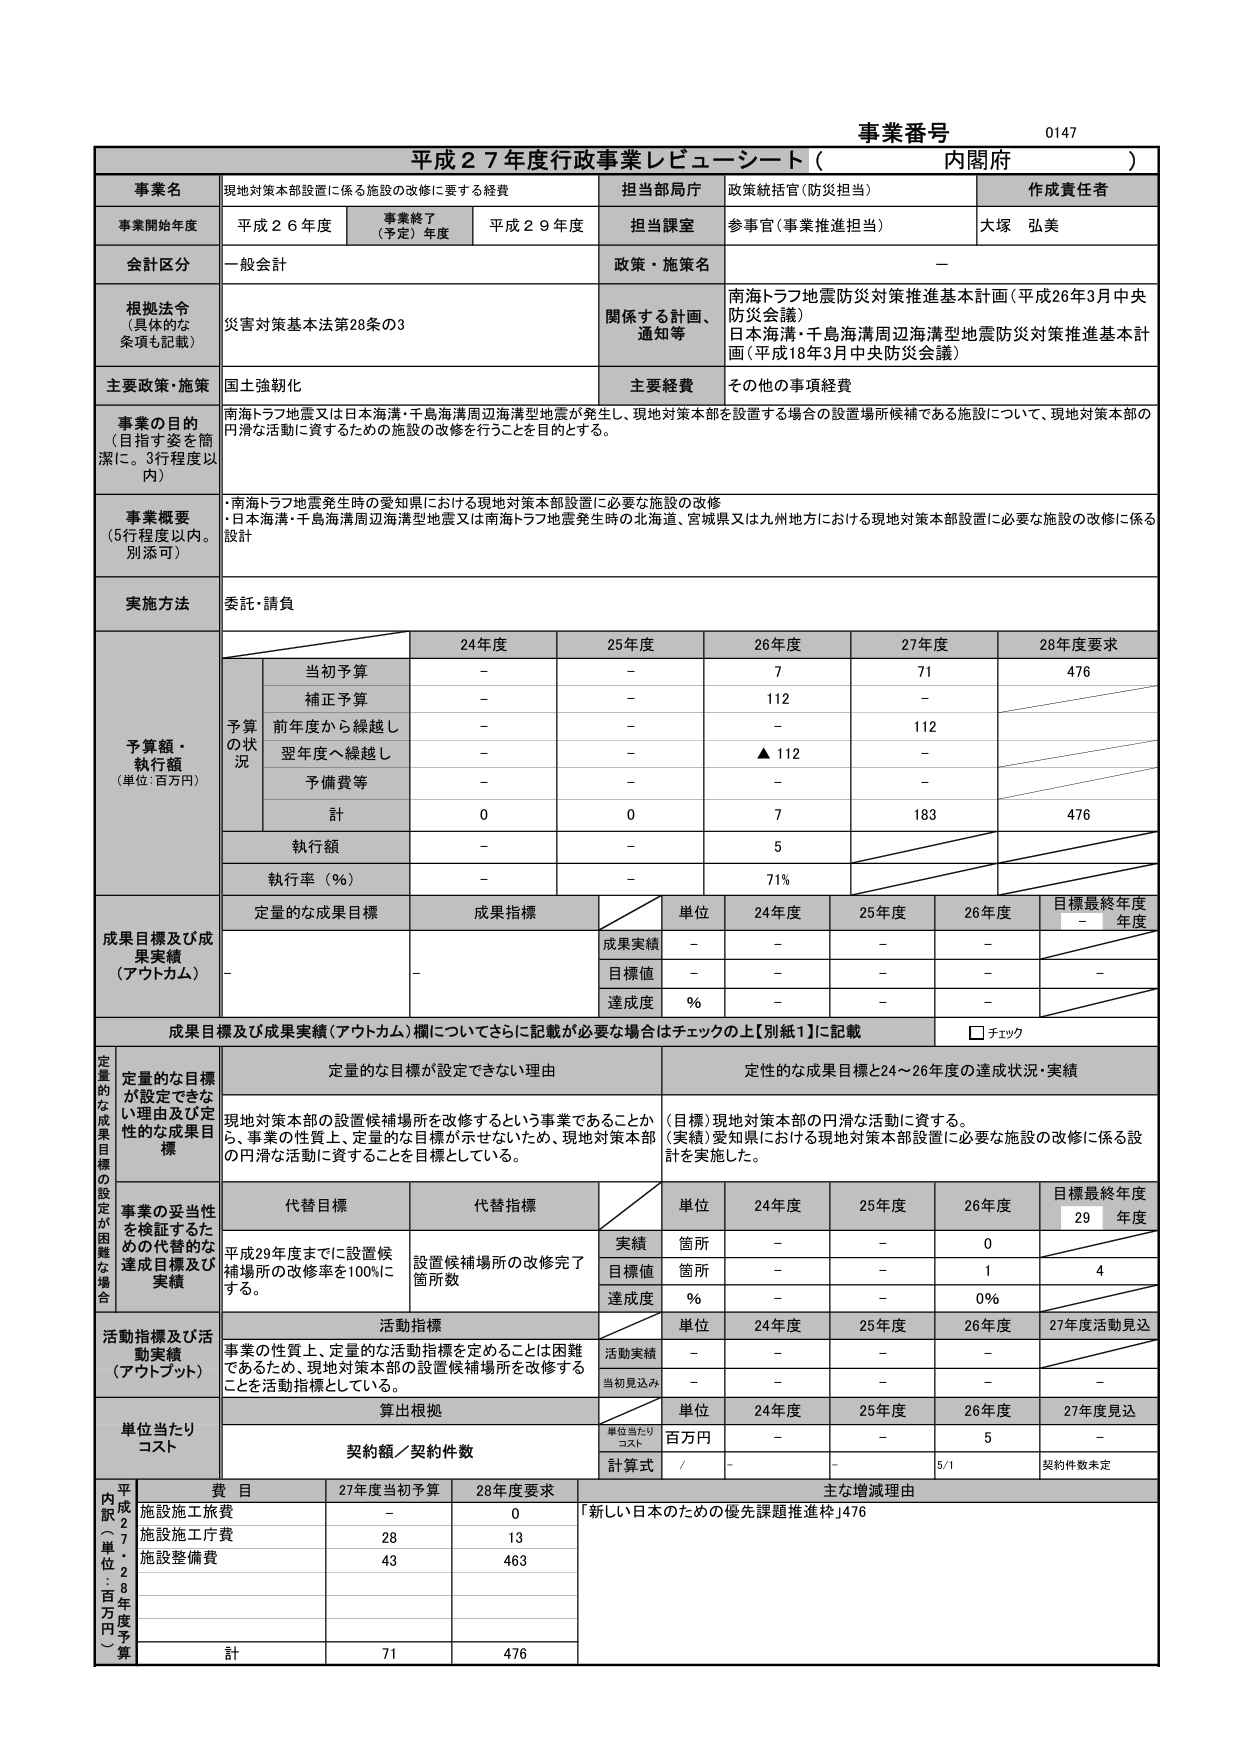
事業番号 0147
平成27年度行政事業レビュー・シート（内閣府）

事業名 現地対策本部設置に係る施設の改修に要する経費
担当部局庁 政策統括官（防災担当）
作成責任者 大塚 弘美

事業開始年度 平成26年度 事業終了（予定）年度 平成29年度 担当課室 参事官（事業推進担当）

会計区分 一般会計 政策・施策名 －

根拠法令（具体的な条項も記載） 災害対策基本法第28条の3 関係する計画、通知等 南海トラフ地震防災対策推進基本計画（平成26年3月中央防災会議）
日本海溝・千島海溝周辺海溝型地震防災対策推進基本計画（平成18年3月中央防災会議）

主要政策・施策 国土強靭化 主要経費 その他の事項経費

事業の目的（目指す姿を簡潔に。3行程度以内） 南海トラフ地震又は日本海溝・千島海溝周辺海溝型地震が発生し、現地対策本部を設置する場合の設置場所候補である施設について、現地対策本部の円滑な活動に資するための施設の改修を行うことを目的とする。

事業概要（5行程度以内。別添可） ・南海トラフ地震発生時の愛知県における現地対策本部設置に必要な施設の改修
・日本海溝・千島海溝周辺海溝型地震又は南海トラフ地震発生時の北海道、宮城県又は九州地方における現地対策本部設置に必要な施設の改修に係る設計

実施方法 委託・請負

予算額・執行額（単位：百万円）
24年度 25年度 26年度 27年度 28年度要求
当初予算 － － 7 71 476
補正予算 － － 112 －
前年度から繰越し － － － 112
翌年度へ繰越し － － ▲112 －
予備費等 － － －
計 0 0 7 183 476
執行額 － － 5
執行率（％） － － 71%

成果目標及び成果実績（アウトカム）
成果指標 単位 24年度 25年度 26年度 目標最終年度
成果実績 － － － －
目標値 － － － －
達成度 ％ － － －

成果目標及び成果実績（アウトカム）欄についてさらに記載が必要な場合はチェックの上【別紙1】に記載 □ チェック

定量的な目標が設定できない理由 定性的な成果目標と24～26年度の達成状況・実績
現地対策本部の設置候補場所を改修するという事業であることから、事業の性質上、定量的な目標が示せないため、現地対策本部の円滑な活動に資することを目標としている。
（目標）現地対策本部の円滑な活動に資する。
（実績）愛知県における現地対策本部設置に必要な施設の改修に係る設計を実施した。

事業の妥当性を検証するための代替的な達成目標及び実績
代替目標 平成29年度までに設置候補場所の改修率を100％にする。
代替指標 設置候補場所の改修完了箇所数
単位 24年度 25年度 26年度 目標最終年度29年度
実績 箇所 － － 0
目標値 箇所 － － 1 4
達成度 ％ － － 0%

活動指標及び活動実績（アウトプット）
活動指標 事業の性質上、定量的な活動指標を定めることは困難であるため、現地対策本部の設置候補場所を改修することを活動指標としている。
単位 24年度 25年度 26年度 27年度活動見込
活動実績 － － －
当初見込み － － － －

単位当たりコスト
算出根拠
単位 24年度 25年度 26年度 27年度見込
単位当たりコスト 百万円 － － 5 －
契約額／契約件数 計算式 / 5/1 契約件数未定

内訳（単位：百万円）
費目 27年度当初予算 28年度要求 主な増減理由
施設施工旅費 － 0 「新しい日本のための優先課題推進枠」476
施設施工庁費 28 13
施設整備費 43 463
計 71 476